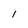
Character: I